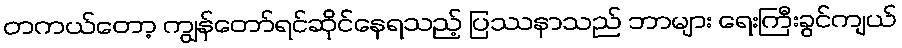
တကယ်တော့ ကျွန်တော်ရင်ဆိုင်နေရသည့် ပြဿနာသည် ဘာများ ရေးကြီးခွင်ကျယ်